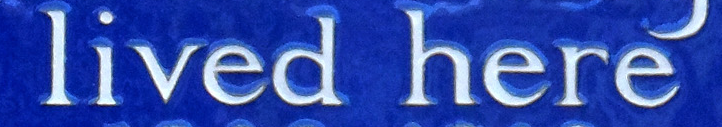
lived here